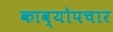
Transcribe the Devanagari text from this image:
काव्योपचार